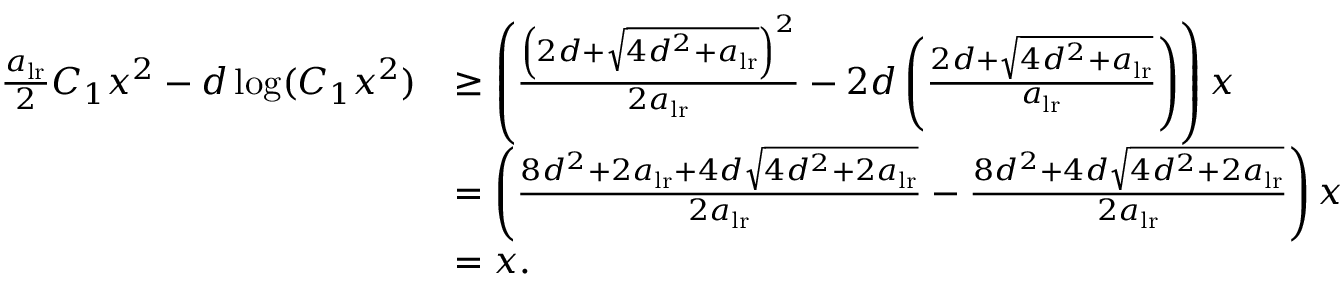
\begin{array} { r l } { \frac { a _ { \mathrm { l r } } } { 2 } C _ { 1 } x ^ { 2 } - d \log ( C _ { 1 } x ^ { 2 } ) } & { \geq \left( \frac { \left( 2 d + \sqrt { 4 d ^ { 2 } + a _ { \mathrm { l r } } } \right) ^ { 2 } } { 2 a _ { \mathrm { l r } } } - 2 d \left( \frac { 2 d + \sqrt { 4 d ^ { 2 } + a _ { \mathrm { l r } } } } { a _ { \mathrm { l r } } } \right) \right) x } \\ & { = \left( \frac { 8 d ^ { 2 } + 2 a _ { \mathrm { l r } } + 4 d \sqrt { 4 d ^ { 2 } + 2 a _ { \mathrm { l r } } } } { 2 a _ { \mathrm { l r } } } - \frac { 8 d ^ { 2 } + 4 d \sqrt { 4 d ^ { 2 } + 2 a _ { \mathrm { l r } } } } { 2 a _ { \mathrm { l r } } } \right) x } \\ & { = x . } \end{array}